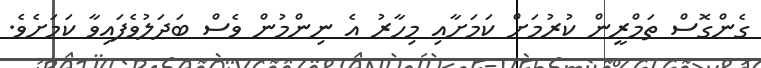
ގެންގޮސް ތަމްރީން ކުރުމަށް ކަމަށާއި މިހާރު އެ ނިންމުން ވެސް ބަދަލުވެފައިވާ ކަމަށެވެ.